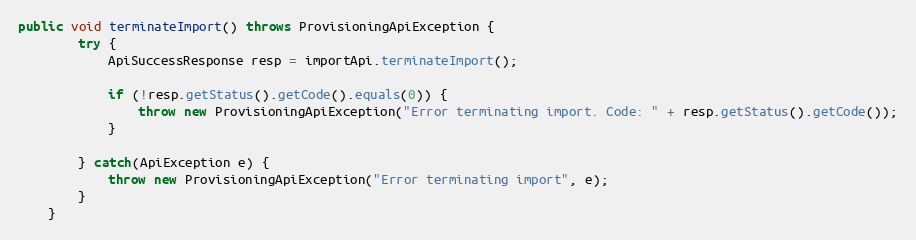
Language: Java
public void terminateImport() throws ProvisioningApiException {
		try {
			ApiSuccessResponse resp = importApi.terminateImport();

			if (!resp.getStatus().getCode().equals(0)) {
				throw new ProvisioningApiException("Error terminating import. Code: " + resp.getStatus().getCode());
			}

        } catch(ApiException e) {
        	throw new ProvisioningApiException("Error terminating import", e);
        }
	}